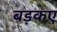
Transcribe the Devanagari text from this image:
बड़कए